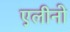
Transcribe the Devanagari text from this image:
एलीनो